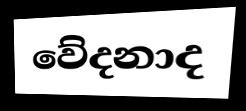
වේදනාද